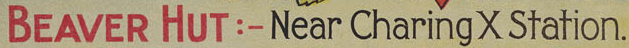
BEAVER HUT :- Near Charing X Station.